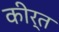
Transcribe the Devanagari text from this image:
कीर्त